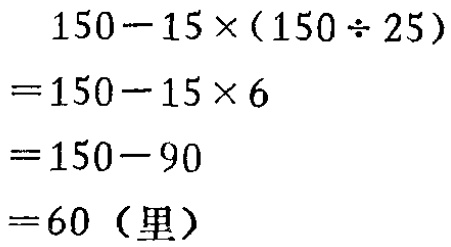
\[

\begin{align*}

&150 - 15\times(150\div25)\\

=&150 - 15\times6\\

=&150 - 90\\

=&60（里）

\end{align*}

\]